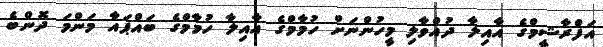
އަފްރާޝީމްގެ އާއިލާ ދުއްވާލި މީހުންނަށް ހުމާމްގެ އާއިލާ ހުމާމްގެ ބައްޕައާ މަންމަ ދޮންބެ